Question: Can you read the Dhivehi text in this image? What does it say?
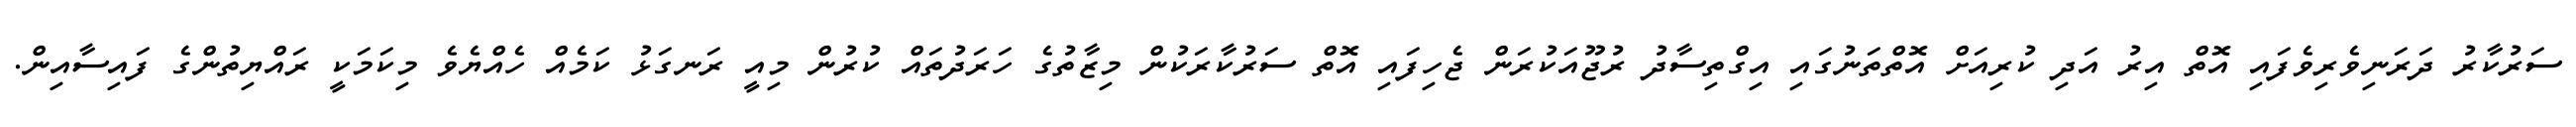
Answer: ސަރުކާރު ދަރަނިވެރިވެފައި އޮތް އިރު އަދި ކުރިއަށް އޮތްތަނުގައި އިގްތިސާދު ރުޖޫއަކުރަން ޖެހިފައި އޮތް ސަރުކާރަކުން މިޒާތުގެ ހަރަދުތައް ކުރުން މިއީ ރަނގަޅު ކަމެއް ހެއްޔެވެ މިކަމަކީ ރައްޔިތުންގެ ފައިސާއިން.